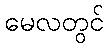
မေလတွင်